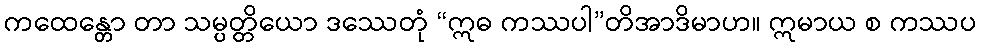
ကထေန္တော တာ သမ္ပတ္တိယော ဒဿေတုံ “ဣဓ ကဿပါ”တိအာဒိမာဟ။ ဣမာယ စ ကဿပ